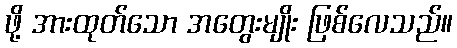
ဖို့ အားထုတ်သော အတွေးမျိုး ဖြစ်လေသည်။